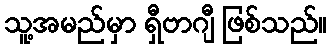
သူ့အမည်မှာ ရှီဗာဂျီ ဖြစ်သည်။